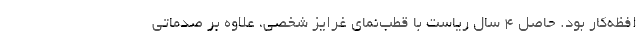
افظه‌کار بود. حاصل 4 سال ریاست با قطب‌نمای غرایز شخصی، علاوه بر صدماتی